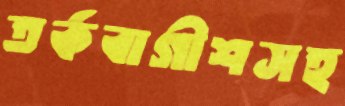
তর্কবাগীশসহ